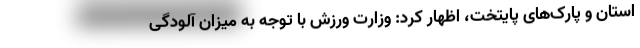
استان و پارک‌های پایتخت، اظهار کرد: وزارت ورزش با توجه به میزان آلودگی